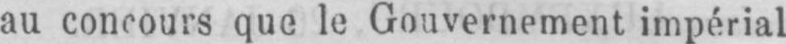
au concours que le Gouvernement impérial